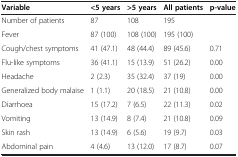
| Variable | <5 years | >5 years | All patients | p-value |
 | --- | --- | --- | --- | --- |
 | Number of patients | 87 | 108 | 195 |  |
 | Fever | 87 (100) | 108 (100) | 195 (100) |  |
 | Cough/chest symptoms | 41 (47.1) | 48 (44.4) | 89 (45.6) | 0.71 |
 | Flu-like symptoms | 36 (41.1) | 15 (13.9) | 51 (26.2) | 0.00 |
 | Headache | 2 (2.3) | 35 (32.4) | 37 (19) | 0.00 |
 | Generalized body malaise | 1 (1.1) | 20 (18.5) | 21 (10.8) | 0.00 |
 | Diarrhoea | 15 (17.2) | 7 (6.5) | 22 (11.3) | 0.02 |
 | Vomiting | 13 (14.9) | 8 (7.4) | 21 (10.8) | 0.09 |
 | Skin rash | 13 (14.9) | 6 (5.6) | 19 (9.7) | 0.03 |
 | Abdominal pain | 4 (4.6) | 13 (12.0) | 17 (8.7) | 0.07 |